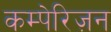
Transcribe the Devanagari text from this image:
कम्पेरिज़न